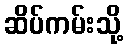
ဆိပ်ကမ်းသို့